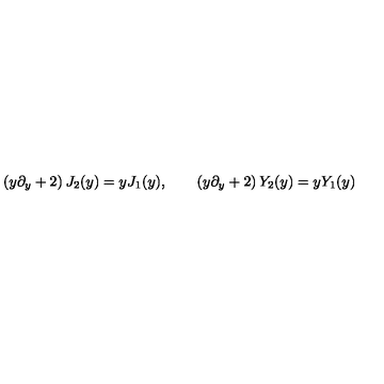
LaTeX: \left( y \partial _ { y } + 2 \right) J _ { 2 } ( y ) = y J _ { 1 } ( y ) , \qquad \left( y \partial _ { y } + 2 \right) Y _ { 2 } ( y ) = y Y _ { 1 } ( y )